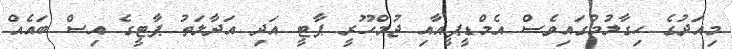
މިއަދުގެ ހިގާލުމުގައިވެސް އެެމްޑީޕީއާއި ޖުމްހޫރީ ޕާޓީ އަދި އަދާލަތު ޕާޓީގެ އިސް ބައެއް